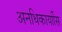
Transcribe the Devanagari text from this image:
अनधिकार्याीस